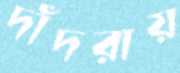
দাঁদরায়